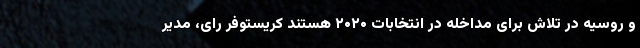
و روسیه در تلاش برای مداخله در انتخابات ۲۰۲۰ هستند کریستوفر رای، مدیر